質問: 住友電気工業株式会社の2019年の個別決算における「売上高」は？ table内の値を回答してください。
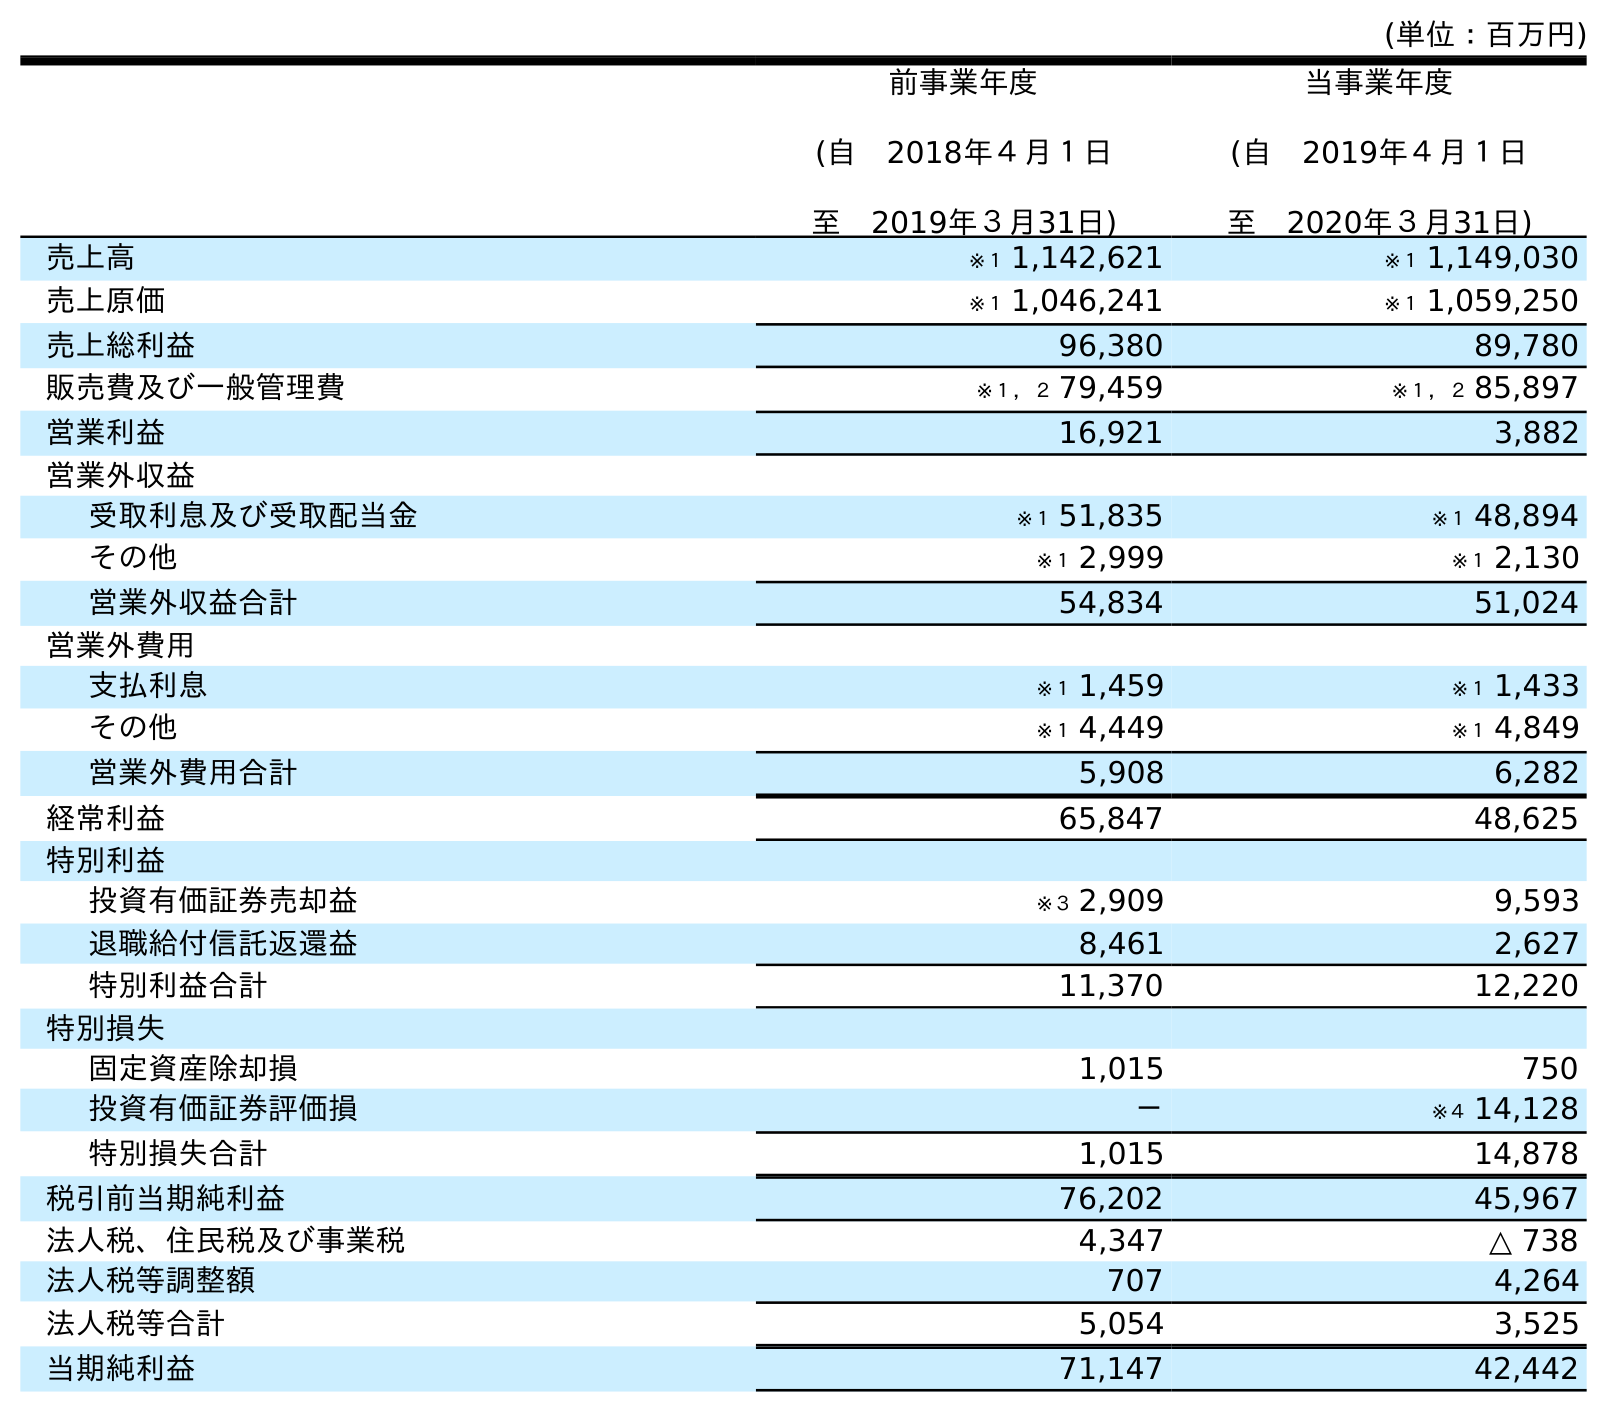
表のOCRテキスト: (単位：百万円) 前事業年度 (自 2018年４月１日 至 2019年３月31日) 当事業年度 (自 2019年４月１日 至 2020年３月31日) 売上高 ※１ 1,142,621 ※１ 1,149,030 売上原価 ※１ 1,046,241 ※１ 1,059,250 売上総利益 96,380 89,780 販売費及び一般管理費 ※１，２ 79,459 ※１，２ 85,897 営業利益 16,921 3,882 営業外収益 受取利息及び受取配当金 ※１ 51,835 ※１ 48,894 その他 ※１ 2,999 ※１ 2,130 営業外収益合計 54,834 51,024 営業外費用 支払利息 ※１ 1,459 ※１ 1,433 その他 ※１ 4,449 ※１ 4,849 営業外費用合計 5,908 6,282 経常利益 65,847 48,625 特別利益 投資有価証券売却益 ※３ 2,909 9,593 退職給付信託返還益 8,461 2,627 特別利益合計 11,370 12,220 特別損失 固定資産除却損 1,015 750 投資有価証券評価損 － ※４ 14,128 特別損失合計 1,015 14,878 税引前当期純利益 76,202 45,967 法人税、住民税及び事業税 4,347 △ 738 法人税等調整額 707 4,264 法人税等合計 5,054 3,525 当期純利益 71,147 42,442
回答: ※１1,142,621